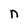
Character: n